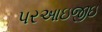
પરઆઇજીઇ